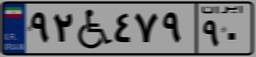
۹۲W۴۷۹۹۰